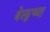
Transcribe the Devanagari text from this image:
बेल्ट्सच्या